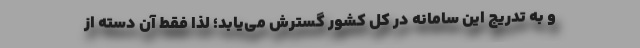
و به تدریج این سامانه در کل کشور گسترش می‌یابد؛ لذا فقط آن دسته از